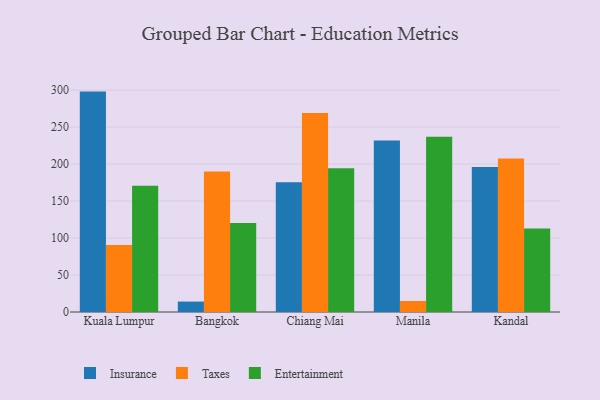
{"axis": {"x": "City", "y": "Shipments"}, "legend": ["Entertainment", "Insurance", "Taxes"], "data": [{"x": "Kuala Lumpur", "y": 298.0, "type": "Insurance"}, {"x": "Kuala Lumpur", "y": 90.5, "type": "Taxes"}, {"x": "Kuala Lumpur", "y": 170.8, "type": "Entertainment"}, {"x": "Bangkok", "y": 14.1, "type": "Insurance"}, {"x": "Bangkok", "y": 189.9, "type": "Taxes"}, {"x": "Bangkok", "y": 120.3, "type": "Entertainment"}, {"x": "Chiang Mai", "y": 175.5, "type": "Insurance"}, {"x": "Chiang Mai", "y": 269.0, "type": "Taxes"}, {"x": "Chiang Mai", "y": 194.4, "type": "Entertainment"}, {"x": "Manila", "y": 231.8, "type": "Insurance"}, {"x": "Manila", "y": 14.9, "type": "Taxes"}, {"x": "Manila", "y": 237.1, "type": "Entertainment"}, {"x": "Kandal", "y": 196.0, "type": "Insurance"}, {"x": "Kandal", "y": 207.7, "type": "Taxes"}, {"x": "Kandal", "y": 112.9, "type": "Entertainment"}]}